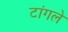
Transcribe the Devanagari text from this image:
टांगले